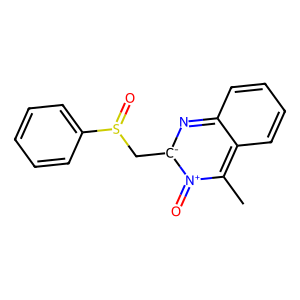
SMILES: Cc1c2ccccc2n[c-](CS(=O)c2ccccc2)[n+]1=O
Inhibits HIV replication: No